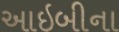
આઇબીના